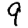
Digit: 9